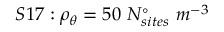
S 1 7 : \rho _ { \theta } = 5 0 \ N _ { s i t e s } ^ { \circ } \ m ^ { - 3 }